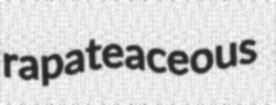
rapateaceous